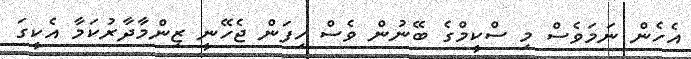
އެހެން ނަމަވެސް މި ސްކީމްގެ ބޭނުން ވެސް ހިފަން ޖެހޭނީ ޒިންމާދާރުކަމާ އެކީގަ